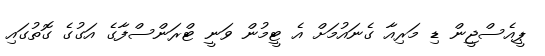
ޕީއެސްޖީން ޑި މަރިއާ ގެނައުމަށް އެ ޓީމުން ވަނީ ޓްރަންސްފާގެ އަގުގެ ގޮތުގައި